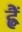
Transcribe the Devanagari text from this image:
ह्वैं